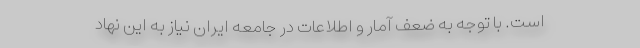
است. با توجه به ضعف آمار و اطلاعات در جامعه ایران نیاز به این نهاد